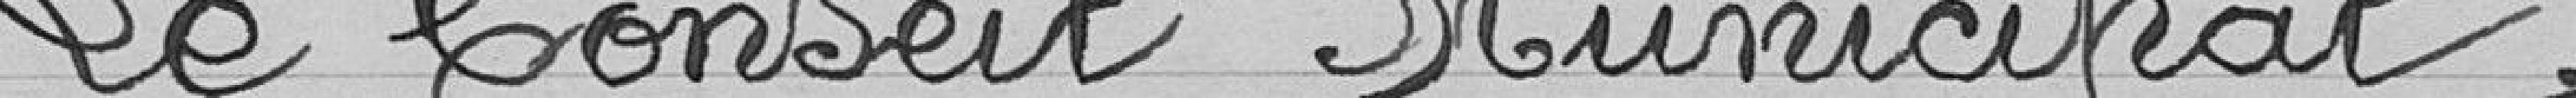
Le Conseil Minucipal